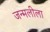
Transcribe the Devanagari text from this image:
जन्मलीला